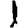
Digit: 1